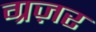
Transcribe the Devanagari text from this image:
ग्रज़र